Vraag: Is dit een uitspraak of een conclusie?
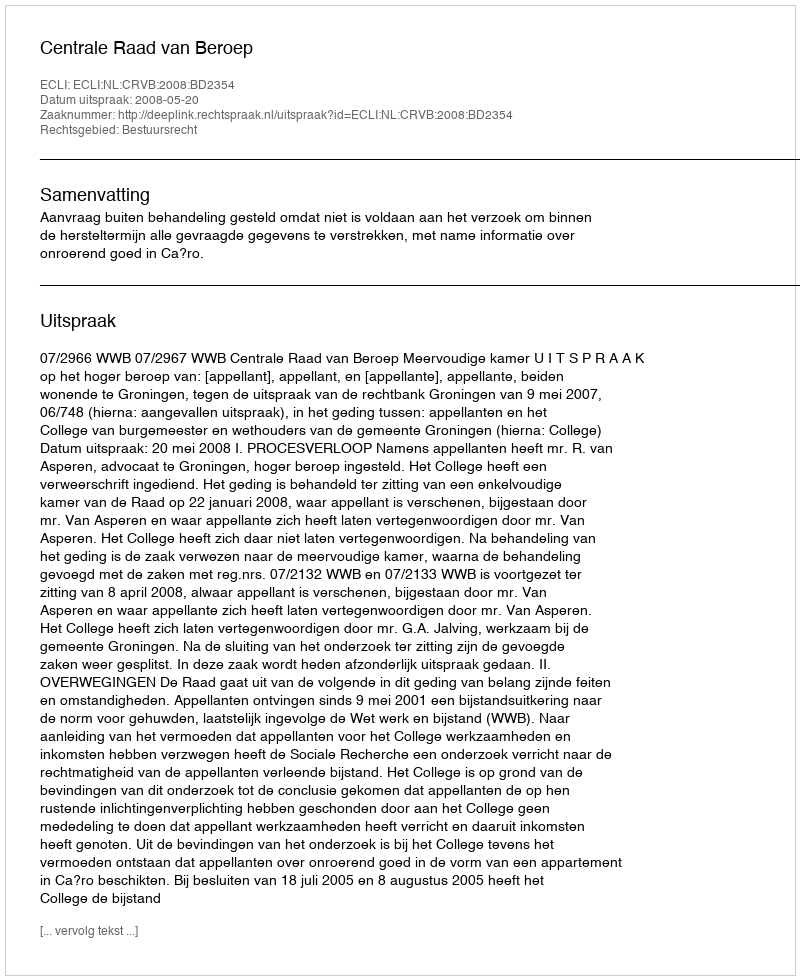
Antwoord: Uitspraak